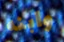
وابنه